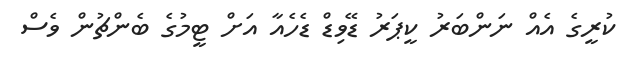
ކުރީގެ އެއް ނަންބަރު ކީޕަރު ޑޭވިޑް ޑެހެއާ އަށް ޓީމުގެ ބެންޗުން ވެސް